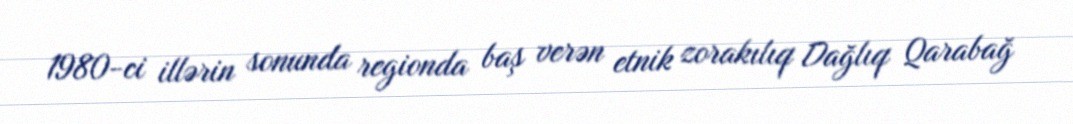
1980-ci illərin sonunda regionda baş verən etnik zorakılıq Dağlıq Qarabağ